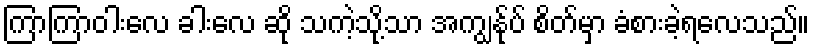
ကြာကြာဝါးလေ ခါးလေ ဆို သကဲ့သို့သာ အကျွန်ုပ် စိတ်မှာ ခံစားခဲ့ရလေသည်။